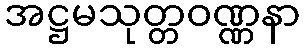
အဋ္ဌမသုတ္တဝဏ္ဏနာ